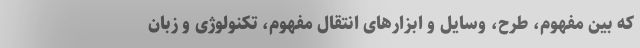
که بین مفهوم، طرح، وسایل و ابزارهای انتقال مفهوم، تکنولوژی و زبان